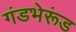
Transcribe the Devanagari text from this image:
गंडभेरूंड